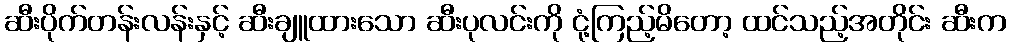
ဆီးပိုက်တန်းလန်းနှင့် ဆီးချူထားသော ဆီးပုလင်းကို ငုံ့ကြည့်မိတော့ ထင်သည့်အတိုင်း ဆီးက